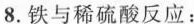
8.铁与稀硫酸反应：